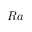
R a